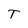
Character: T